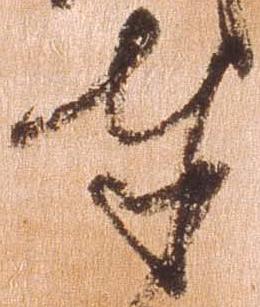
奉